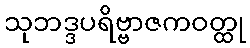
သုဘဒ္ဒပရိဗ္ဗာဇကဝတ္ထု